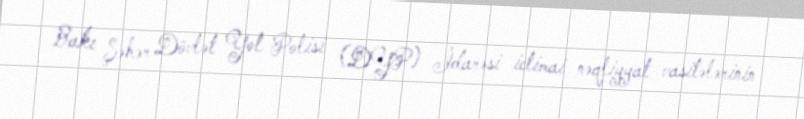
Bakı Şəhər Dövlət Yol Polisi (DYP) İdarəsi ictimai nəqliyyat vasitələrinin